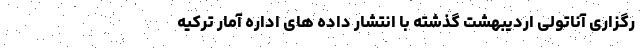
رگزاری آناتولی اردیبهشت گذشته با انتشار داده های اداره آمار ترکیه